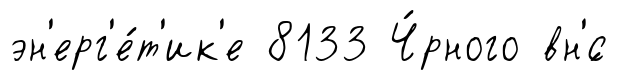
эн'ерг'е́т'ик'е 8133 Ч́рного вн'́с